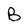
Character: B